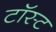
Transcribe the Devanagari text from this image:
टॉस्ट